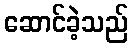
ဆောင်ခဲ့သည်